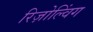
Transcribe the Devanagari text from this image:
रिज़ोल्विंग